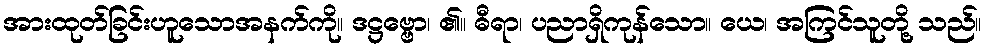
အားထုတ်ခြင်းဟူသောအနက်ကို။ ဒဋ္ဌဗ္ဗော၊ ၏။ ဓီရာ၊ ပညာရှိကုန်သော။ ယေ၊ အကြင်သူတို့ သည်။